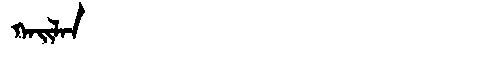
Manchu: ᡴᠠᡳᠯᠠᠨ
Romanization: KAILAN